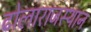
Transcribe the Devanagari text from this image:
ढोलाराजस्थान